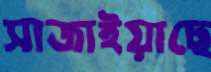
সাজাইয়াছে